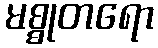
မစ္စုတရော